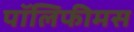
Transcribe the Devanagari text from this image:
पॉलिफीमस